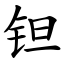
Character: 钽